Indian journal of veterinary science and animal husbandry - Volumes 18-21, 1948-1951
Year: 1948
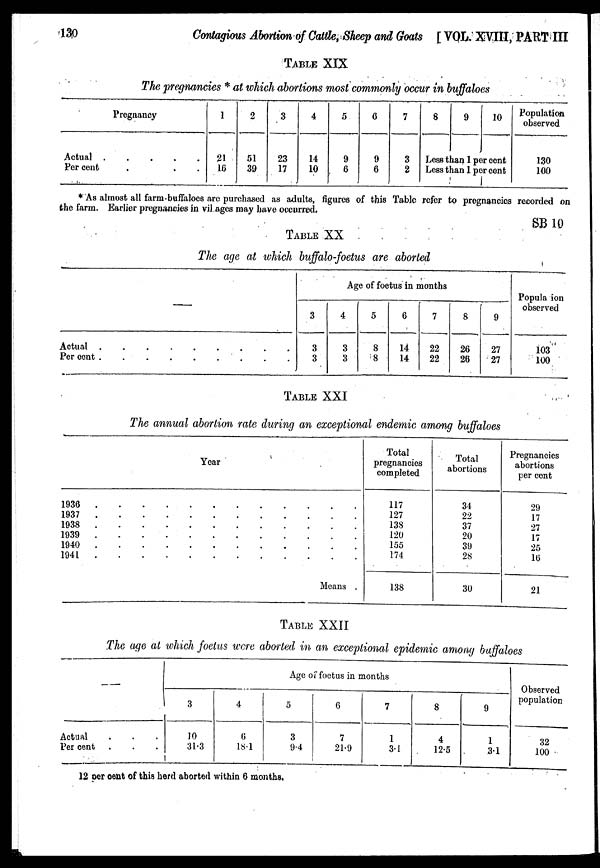
130
Contagious Abortion of Cattle, Sheep and Goats [VOL. XVIII, PART HI
TABLE XIX
The pregnancies * at which abortions most commonly occur in buffaloes
Pregnancy
Actual
.
.
.
.
.
Per cent . . . .
1
21
16
2
51
39
3
23
17
4
14
10
5
9
6
6
9
6
7
3
2
8
9
10
Less than 1 per cent
Less than 1 per cent
Population
observed
130
100
* As almost all farm-buffaloes are purchased as adults, figures of this Table refer to pregnancies recorded on
the farm. Earlier pregnancies in villages may have occurred.
SB 10
TABLE XX
The age at which buffalo-foetus are aborted
—
Actual . . . . . . . . .
Per cent . . . . . . . . .
Age of foetus in months
3
3
3
4
3
3
5
8
8
6
14
14
7
22
22
8
26
26
9
27
27
Population
observed
103
100
TABLE XXI
The annual abortion rate during an exceptional endemic among buffaloes
Year
1936
.
.
.
.
.
.
.
.
.
.
.
.
.
.
1937
.
.
.
.
.
.
.
.
.
.
.
.
.
.
1938
.
.
.
.
.
.
.
.
.
.
.
.
.
.
1939
.
.
.
.
.
.
.
.
.
.
.
.
.
.
1940
.
.
.
.
.
.
.
.
.
.
.
.
.
.
1941
.
.
.
.
.
.
.
.
.
.
.
.
.
.
Means .
Total
pregnancies
completed
117
127
138
120
155
174
138
Total
abortions
34
22
37
20
39
28
30
Pregnancies
abortions
per cent
29
17
27
17
25
16
21
TABLE XXII
The age at which foetus were aborted in an exceptional epidemic among buffaloes
—
Actual . . .
Per cent . . .
Age of foetus in months
3
10
31.3
4
6
18.1
5
3
9.4
6
7
21.9
7
1
3.1
8
4
12.5
9
1
3.1
Observed
population
32
100
12 per cent of this herd aborted within 6 months.